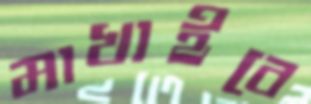
মাখাইবে